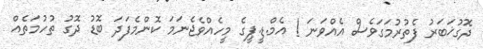
ދޮގުޚަބަރު ފެތުރުމަގަވެސް އެއްވަނަ ! އެމް.ޑީ.ޕީގެ މީހެއްވެޖެނަމަ ކޮންމެފަދަ ބޮޑު ދޮގު ތުހުމަތެއް